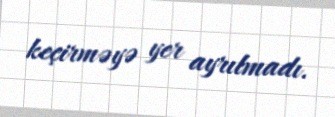
keçirməyə yer ayrılmadı.